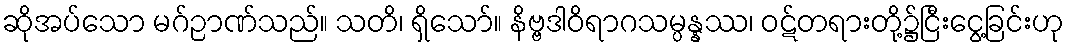
ဆိုအပ်သော မဂ်ဉာဏ်သည်။ သတိ၊ ရှိသော်။ နိဗ္ဗဒါဝိရာဂသမ္ပန္နဿ၊ ဝဋ်တရားတို့၌ငြီးငွေ့ခြင်းဟု